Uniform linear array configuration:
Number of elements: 4
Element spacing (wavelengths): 0.25
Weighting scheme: hamming
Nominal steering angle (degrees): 30
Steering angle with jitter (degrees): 28.478
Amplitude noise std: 0.05
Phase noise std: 0.05

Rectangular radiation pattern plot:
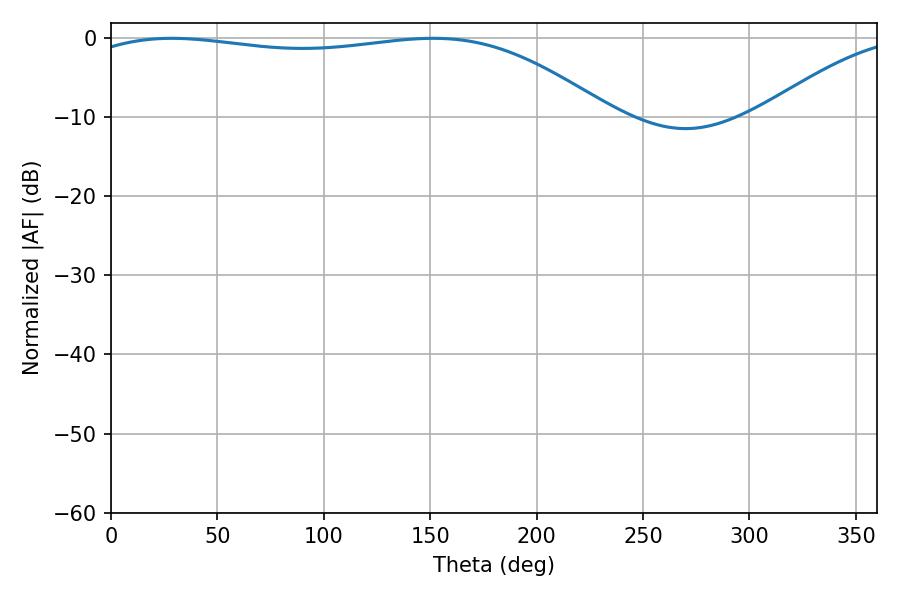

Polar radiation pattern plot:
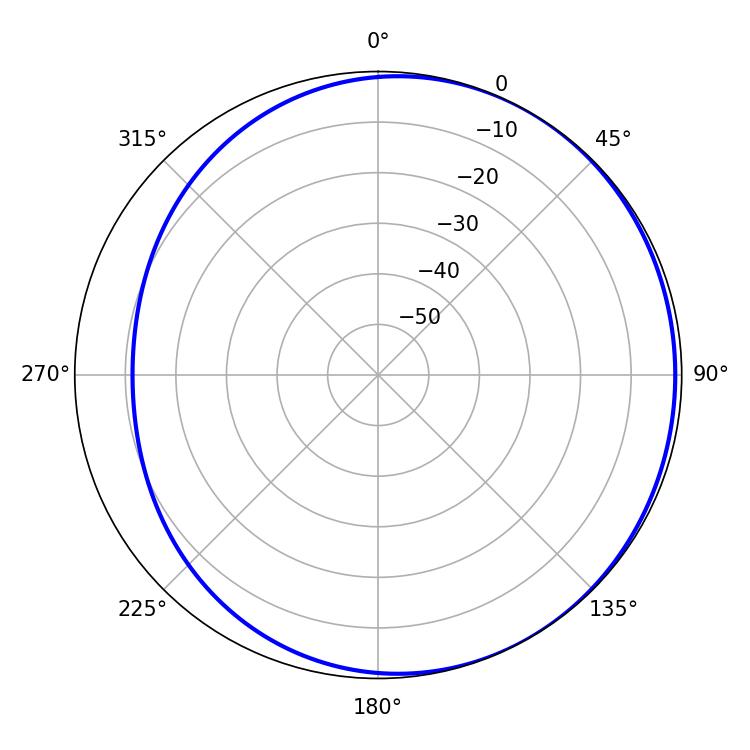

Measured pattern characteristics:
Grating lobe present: FALSE
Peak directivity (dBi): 1.685
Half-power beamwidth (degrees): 198.18
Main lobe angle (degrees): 28.62